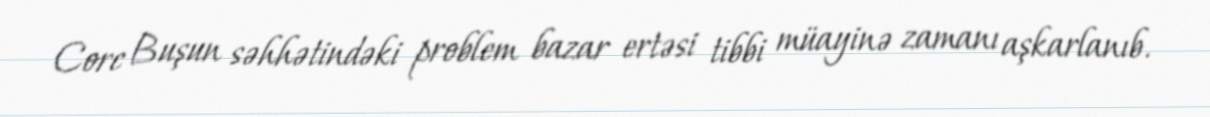
Corc Buşun səhhətindəki problem bazar ertəsi tibbi müayinə zamanı aşkarlanıb.